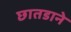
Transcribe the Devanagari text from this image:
छातडाने